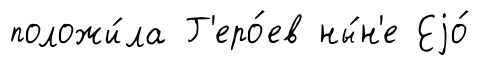
положи́ла Г'еро́ев ны́н'е Еjо́